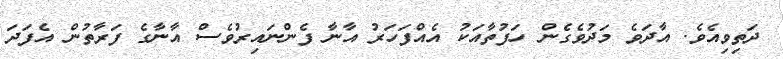
ދަތިވިއެވެ. އާދަވެ މަދުވެގެން ހަފުތާއަކު އެއްފަހަރު އާނާ ފެންނައިރުވެސް އާނާގެ ފަރާތުން އެފަދަ